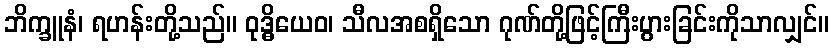
ဘိက္ခူနံ၊ ရဟန်းတို့သည်။ ဝုဒ္ဓိယေဝ၊ သီလအစရှိသော ဂုဏ်တို့ဖြင့်ကြီးပွားခြင်းကိုသာလျှင်။